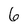
Character: 6